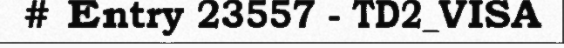
# Entry 23557 - TD2_VISA